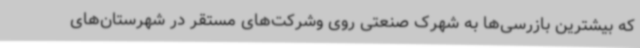
که بیشترین بازرسی‌ها به شهرک صنعتی روی وشرکت‌های مستقر در شهرستان‌های